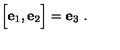
\Bigl [ { \bf e } _ { 1 } , { \bf e } _ { 2 } \Bigr ] = { \bf e } _ { 3 } \ .